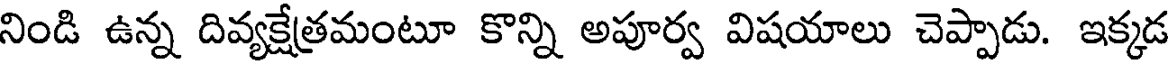
నిండి ఉన్న దివ్యక్షేత్రమంటూ కొన్ని అపూర్వ విషయాలు చెప్పాడు. ఇక్కడ